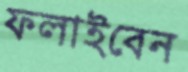
ফলাইবেন